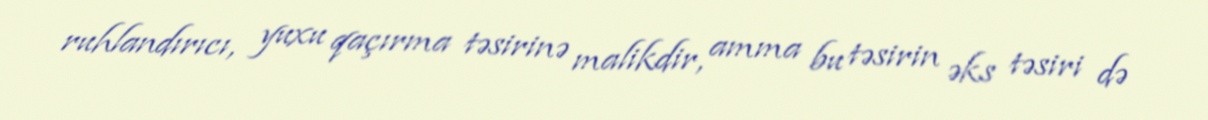
ruhlandırıcı, yuxu qaçırma təsirinə malikdir, amma bu təsirin əks təsiri də